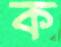
ক